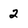
Character: 2